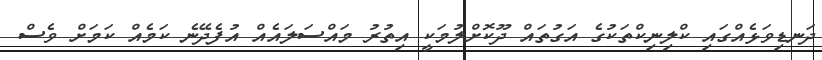
ދަނޑިވަޅެއްގައި ކްލިނިކްތަކުގެ އަގުތައް ދޫކޮށްލުމަކީ އިތުރު މައްސަލައެއް އުފެދޭނެ ކަމެއް ކަމަށް ވެސް